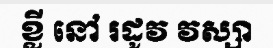
ខ្លី នៅ រដូវ វស្សា